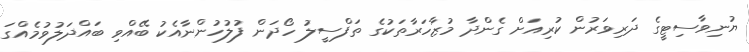
ޔުނިވާސިޓީގެ ދަރިވަރުން ކުރިއަށް ގެންދާ މުޒާހަރާތަކުގެ ތަފްސީލު ހޯދަން ފުލުހުންނާއެކު ބޭއްވި ބައްދަލުވުމެއްގަ